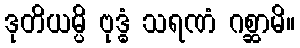
ဒုတိယမ္ပိ ဗုဒ္ဓံ သရဏံ ဂစ္ဆာမိ။